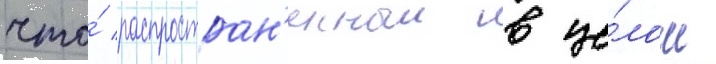
что́ распростран'енныи в це́лом